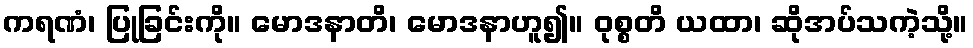
ကရဏံ၊ ပြုခြင်းကို။ မောဒနာတိ၊ မောဒနာဟူ၍။ ဝုစ္စတိ ယထာ၊ ဆိုအပ်သကဲ့သို့။